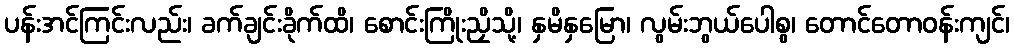
ပန်းအင်ကြင်းလည်း၊ ခက်ချင်းခိုက်ထိ၊ စောင်းကြိုးညှိသို့၊ နှမိနှမြော၊ လွမ်းဘွယ်ပေါစွ၊ တောင်တောဝန်းကျင်၊